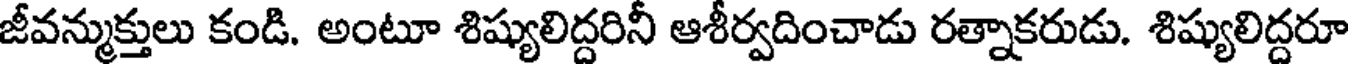
జీవన్ముక్తులు కండి. అంటూ శిష్యులిద్దరినీ ఆశీర్వదించాడు రత్నాకరుడు. శిష్యులిద్దరూ